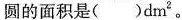
圆的面积是()dm2。